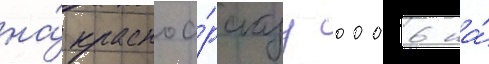
на́ красноа́рскуу 0006 на́